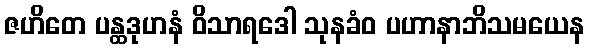
ဇဟိတေ ပန္ထဒုဟနံ ဝိသာရဒေါ သုနခံဝ ပဟာနာဘိသမယေန